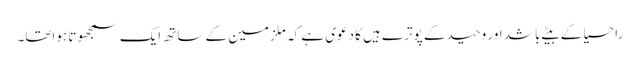
راحسیا کے بیٹے باشد اور وحید کے پوترے ہیں کا دعوی ہے کہ ملزمین کے ساتھ ایک سمجھوتا ہواتھا۔